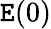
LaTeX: \mathtt{E}(0)